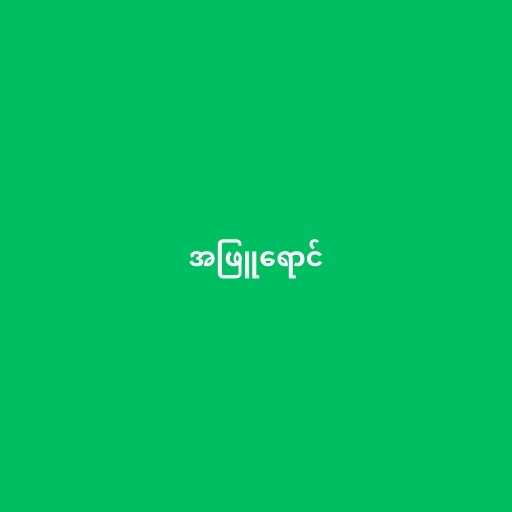
အဖြူရောင်